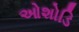
ઓશોડિ